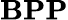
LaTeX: \textbf{BPP}